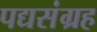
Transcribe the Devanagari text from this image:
पद्यसंग्रह